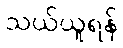
သယ်ယူရန်